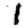
Digit: 1